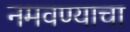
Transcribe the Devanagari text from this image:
नमवण्याचा